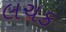
લચક